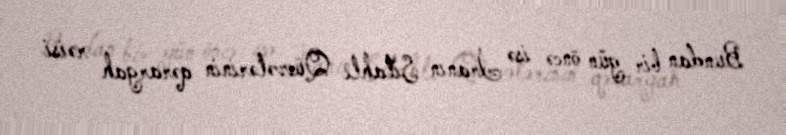
Bundan bir gün öncə isə İranın Silahlı Qüvvələrinin qərargah rəisi